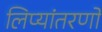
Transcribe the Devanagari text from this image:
लिप्यांतरणों